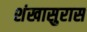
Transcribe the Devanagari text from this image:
शंखासुरास